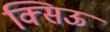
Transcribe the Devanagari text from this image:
क्सिऊ